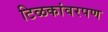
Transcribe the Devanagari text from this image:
टिळकांवरपण